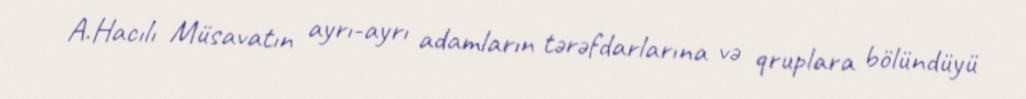
A.Hacılı Müsavatın ayrı-ayrı adamların tərəfdarlarına və qruplara bölündüyü